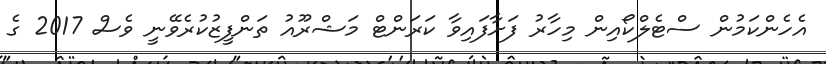
އެހެންކަމުން ސްޓެލްކޯއިން މިހާރު ފަށާފައިވާ ކަރަންޓް މަޝްރޫއު ތަންފީޒުކުރެވޭނީ ވެސް 2017 ގެ